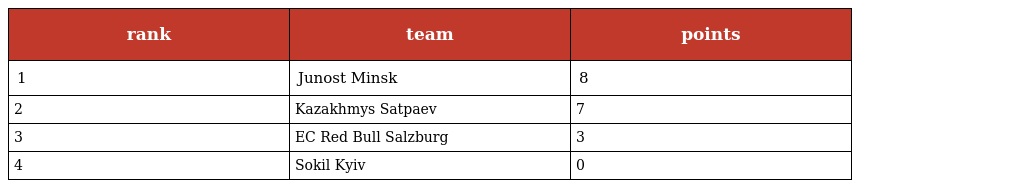
| rank | team | points |
 | --- | --- | --- |
 | 1 | Junost Minsk | 8 |
 | 2 | Kazakhmys Satpaev | 7 |
 | 3 | EC Red Bull Salzburg | 3 |
 | 4 | Sokil Kyiv | 0 |